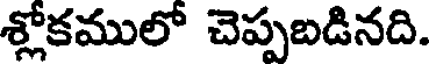
శ్లోకములో చెప్పబడినది.